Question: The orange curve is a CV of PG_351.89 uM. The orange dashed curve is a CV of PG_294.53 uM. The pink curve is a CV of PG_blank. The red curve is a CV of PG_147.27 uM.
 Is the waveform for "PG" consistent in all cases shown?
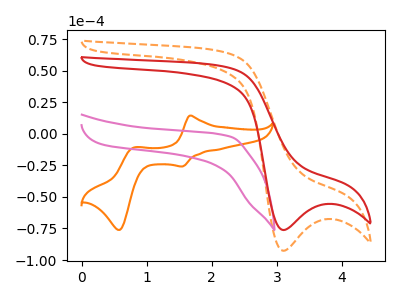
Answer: <think>The orange curve "PG_351.89 uM" has anodic peaks at (1.65V, 14.35uA) (0.80V, -10.90uA) and cathodic peaks at (1.55V, -25.90uA) (0.60V, -76.15uA). The orange dashed curve "PG_294.53 uM" has a cathodic peak at: (3.10V, -92.65uA). The pink curve "PG_blank" has no peaks. The red curve "PG_147.27 uM" has a cathodic peak at: (3.10V, -76.25uA).
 "PG_351.89 uM" and "PG_294.53 uM" have a different number of peaks. "PG_351.89 uM" and "PG_blank" have a different number of peaks. "PG_351.89 uM" and "PG_147.27 uM" have a different number of peaks. "PG_294.53 uM" and "PG_blank" have a different number of peaks. All the peaks in "PG_294.53 uM" have a peak in "PG_147.27 uM" at the same potential. Every peak in "PG_294.53 uM" is higher than every peak in "PG_147.27 uM". "PG_blank" and "PG_147.27 uM" have a different number of peaks.</think>
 <answer>All the CV's of "PG" have similar shape.</answer>
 <eval>follow_rule</eval>